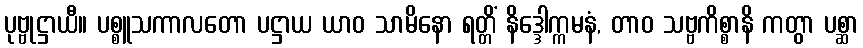
ပုဗ္ဗုဋ္ဌာယီ။ ပစ္စူသကာလတော ပဋ္ဌာယ ယာဝ သာမိနော ရတ္တိံ နိဒ္ဒေါက္ကမနံ, တာဝ သဗ္ဗကိစ္စာနိ ကတွာ ပစ္ဆာ